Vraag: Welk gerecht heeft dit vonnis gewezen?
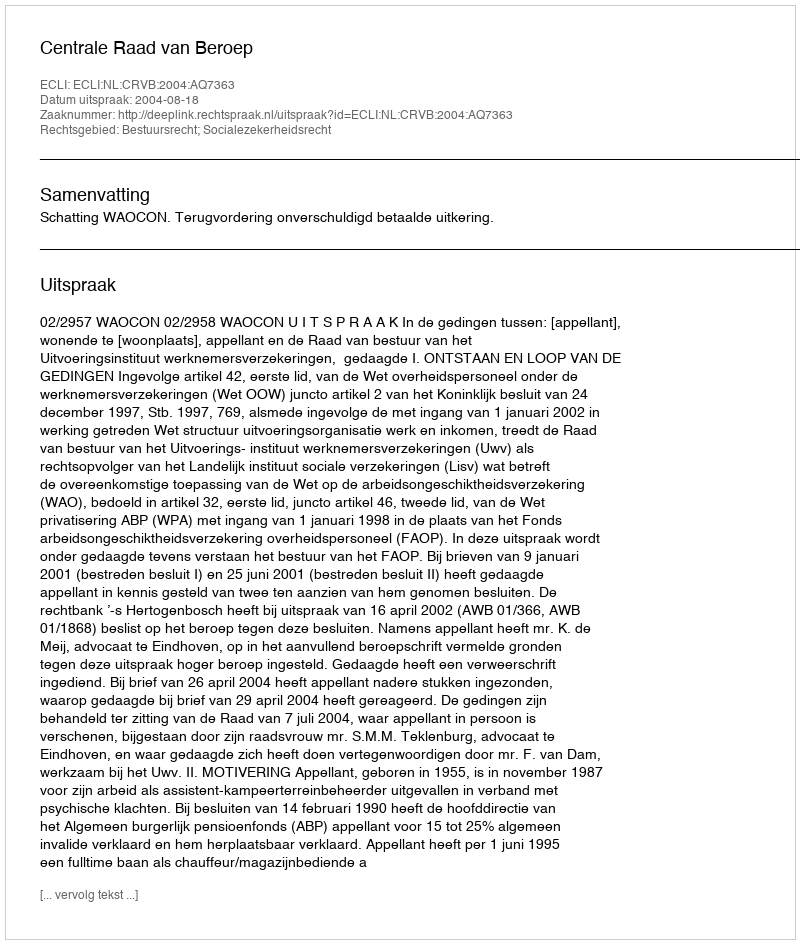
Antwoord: Centrale Raad van Beroep